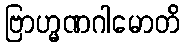
ဗြာဟ္မဏဂါမောတိ